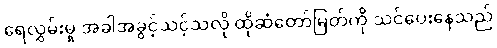
ရေလွှမ်းမှု အခါအခွင့်သင့်သလို ထိုဆံတော်မြတ်ကို သင်ပေးနေသည်